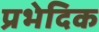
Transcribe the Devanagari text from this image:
प्रभेदिक